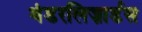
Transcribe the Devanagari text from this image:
थंडरलिज़ार्डस